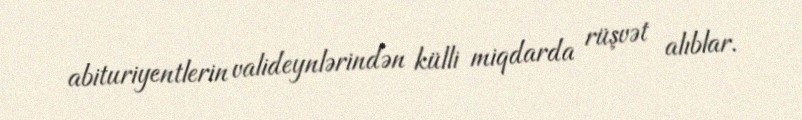
abituriyentlerin valideynlərindən külli miqdarda rüşvət alıblar.